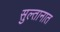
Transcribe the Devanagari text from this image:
सुल्तानात